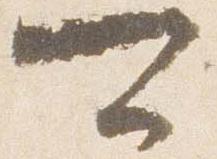
可